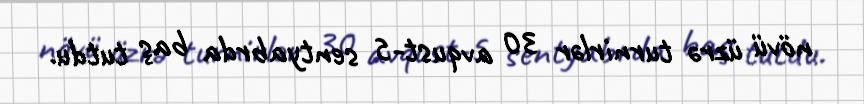
növü üzrə turnirlər 30 avqust-5 sentyabrda baş tutdu.